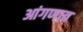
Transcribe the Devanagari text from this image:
आंगणात